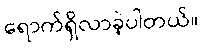
ရောက်ရှိလာခဲ့ပါတယ်။